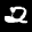
Label: 2